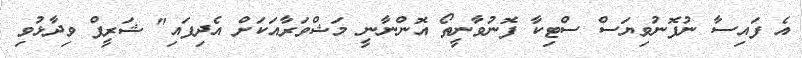
އެ ފައިސާ ނުފޮނުވިޔަސް ސްޓިކާ ފޮނުވާނީތޯ އޮންނާނީ މަޝްވަރާއަކަށް އެދިފައި" ޝަރީފް ވިދާޅުވި